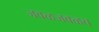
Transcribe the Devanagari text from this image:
जवळजवळच